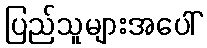
ပြည်သူများအပေါ်